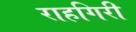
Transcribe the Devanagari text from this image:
राहगिरी